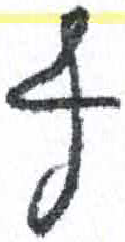
אות: ף